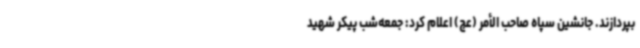
بپردازند. جانشین سپاه صاحب الأمر (عج) اعلام کرد: جمعه‌شب پیکر شهید